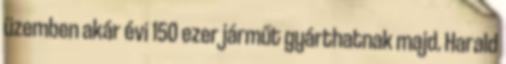
üzemben akár évi 150 ezer járműt gyárthatnak majd. Harald